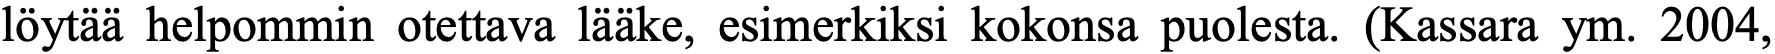
löytää helpommin otettava lääke, esimerkiksi kokonsa puolesta. (Kassara ym. 2004,